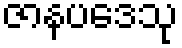
ဇာနပဒေသု